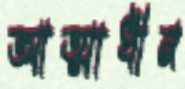
আত্মাধীন